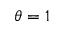
\theta = 1